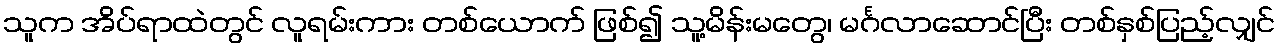
သူက အိပ်ရာထဲတွင် လူရမ်းကား တစ်ယောက် ဖြစ်၍ သူ့မိန်းမတွေ၊ မင်္ဂလာဆောင်ပြီး တစ်နှစ်ပြည့်လျှင်